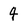
Character: 4